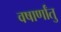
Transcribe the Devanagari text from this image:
वषार्णांतु